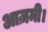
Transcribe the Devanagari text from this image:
आज़मी।